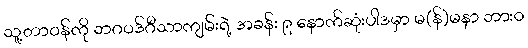
သူ့တာဝန်ကို ဘဂဝဒ်ဂီသာကျမ်းရဲ့ အခန်း ၉ နောက်ဆုံးပါဒမှာ မ(န်)မနာ ဘားဝ